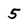
Character: 5